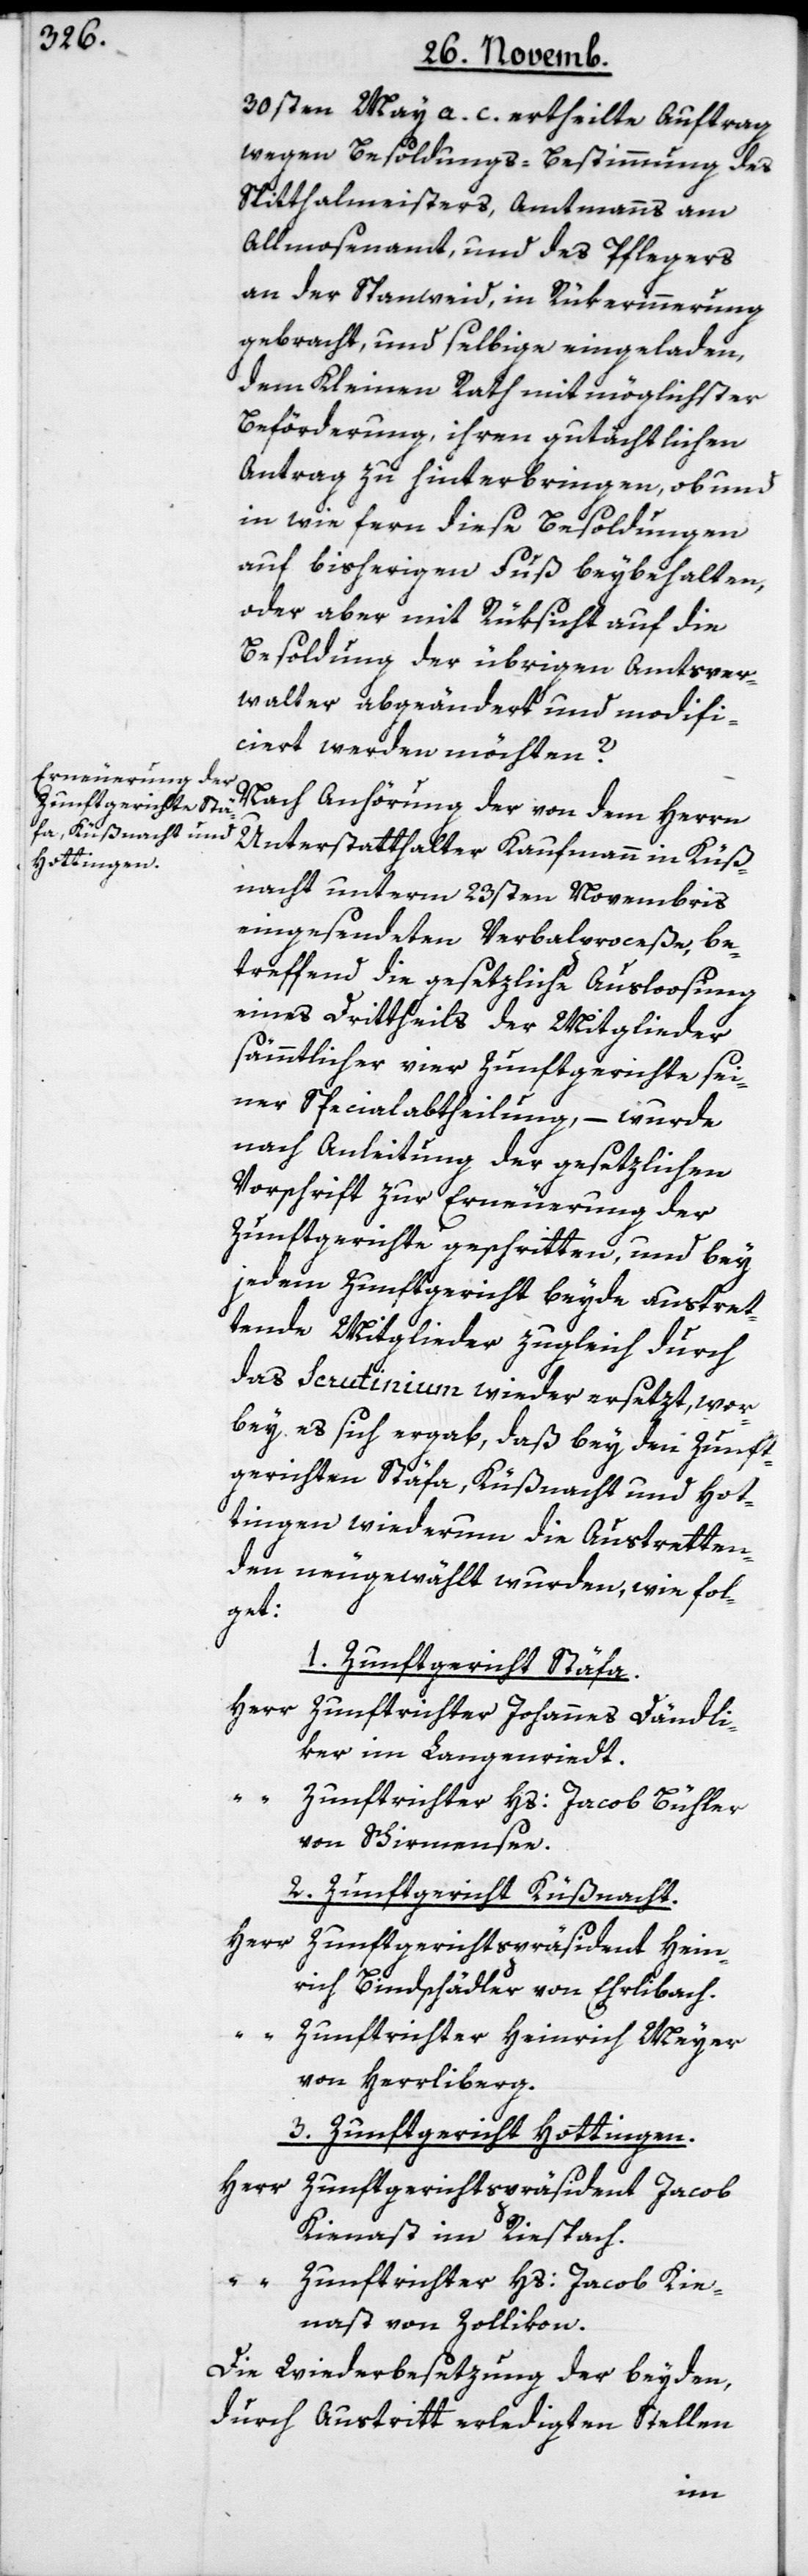
30sten May a. c. ertheilte Auftrag
wegen Besoldungs-Bestimmung des
Spitthalmeisters, Amtmanns am
Allmosenamt, und des Pflegers
an der Spanweid, in Rükerinnerung
gebracht, und selbige eingeladen,
dem Kleinen Rath mit möglichster
Beförderung, ihren gutächtlichen
Antrag zu hinterbringen, ob und
in wie fern diese Besoldungen
auf bisherigen Fuß beybehalten,
oder aber mit Rüksicht auf die
Besoldung der übrigen Amtsver¬
walter abgeändert und modifi¬
ciert werden möchten?
Nach Anhörung der von dem Herrn
Unterstatthalter Kaufmann in Küß¬
nacht unterm 23sten Novembris
eingesendeten Verbalproceße, be¬
treffend die gesetzliche Ausloosung
eines Drittheils der Mitglieder
sämmtlicher vier Zunftgerichte sei¬
ner Specialabtheilung, – wurde
nach Anleitung der gesetzlichen
Vorschrift zur Erneuerung der
Zunftgerichte geschritten, und bey
jedem Zunftgericht beyde austret¬
tende Mitglieder zugleich durch
das Scrutinium wieder ersetzt, wor¬
bey es sich ergab, daß bey den Zunft¬
gerichten Stäfa, Küßnacht und Hot¬
tingen wiederum die Austretten¬
den neugewählt wurden, wie fol¬
get:
1. Zunftgericht Stäfa.
Herr Zunftrichter Johannes Dändli¬
ker im Langenriedt;
“
Zunftrichter Hs. Jacob Bühler
von Schirmensee.
2. Zunftgericht Küßnacht.
Herr Zunftgerichtspräsident Hein¬
rich Bindschädler von Ehrlibach.
“ Zunftrichter Heinrich Meyer
von Herrliberg.
3. Zunftgericht Hottingen.
Herr Zunftgerichtspräsident Jacob
Kienast im Riespach.
“ Zunftrichter Hs. Jacob Kie¬
nast von Zollikon.
Die Wiederbesetzung der beyden,
durch Austritt erledigten Stellen